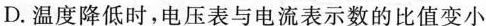
D.温度降低时，电压表与电流表示数的比值变小